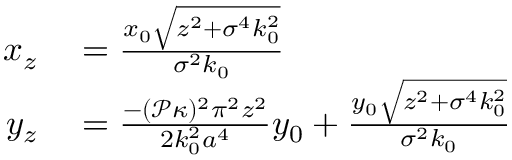
\begin{array} { r l } { x _ { z } } & { { } = \frac { x _ { 0 } \sqrt { z ^ { 2 } + \sigma ^ { 4 } k _ { 0 } ^ { 2 } } } { \sigma ^ { 2 } k _ { 0 } } } \\ { y _ { z } } & { { } = \frac { - ( \mathcal { P } \kappa ) ^ { 2 } \pi ^ { 2 } z ^ { 2 } } { 2 k _ { 0 } ^ { 2 } a ^ { 4 } } y _ { 0 } + \frac { y _ { 0 } \sqrt { z ^ { 2 } + \sigma ^ { 4 } k _ { 0 } ^ { 2 } } } { \sigma ^ { 2 } k _ { 0 } } } \end{array}